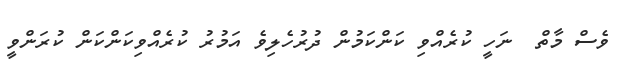
ވެސް މާތް  ނަހީ ކުރެއްވި ކަންކަމުން ދުރުހެލިވެ އަމުރު ކުރެއްވިކަންކަން ކުރަންވީ